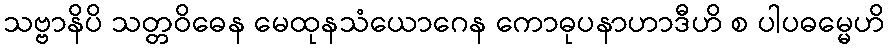
သဗ္ဗာနိပိ သတ္တဝိဓေန မေထုနသံယောဂေန ကောဓုပနာဟာဒီဟိ စ ပါပဓမ္မေဟိ